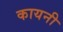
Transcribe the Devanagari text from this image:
कायनी